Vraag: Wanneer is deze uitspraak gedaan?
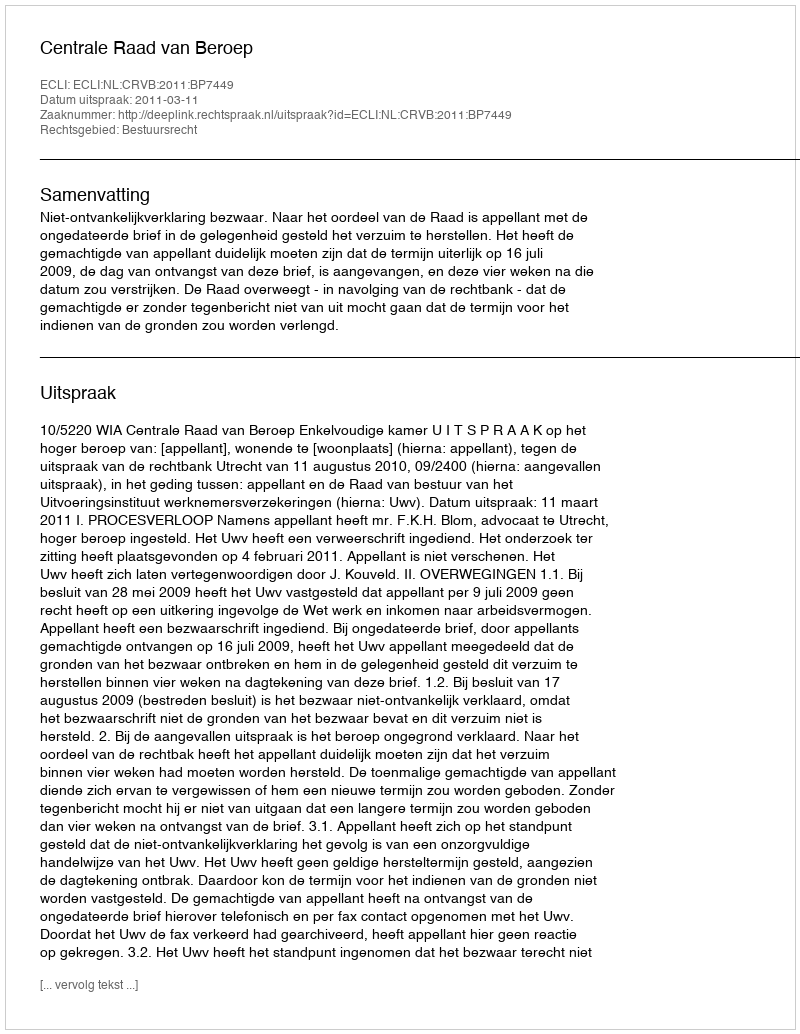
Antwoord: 2011-03-11